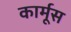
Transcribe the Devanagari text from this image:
कार्मूस